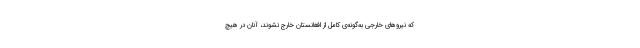
که نیروهای خارجی به‌گونه‌ی کامل از افغانستان خارج نشوند، آنان در هیچ